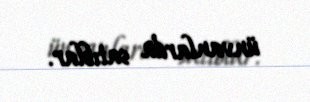
ünvanlarda satıblar.